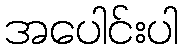
အပေါင်းပါ